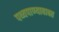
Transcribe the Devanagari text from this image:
पथ्यपाण्याबाबत